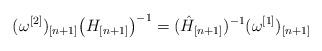
LaTeX: \begin{align*}(\omega^{[2]})_{[n+1]}\big(H_{[n+1]}\big)^{-1}=(\hat H_{[n+1]})^{-1}(\omega^{[1]})_{[n+1]}\end{align*}